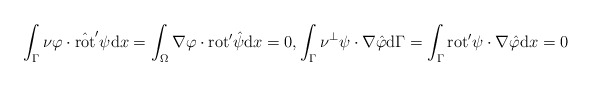
\begin{align*}\int_{\Gamma} \nu \varphi \cdot \hat{\mathrm{rot}}' \psi \mathrm{d} x= \int_{\Omega} \nabla \varphi \cdot \mathrm{rot}' \hat{\psi} \mathrm{d} x = 0, \int_{\Gamma} \nu^{\perp} \psi \cdot \nabla \hat{\varphi} \mathrm{d} \Gamma =\int_{\Gamma} \mathrm{rot}' \psi \cdot \nabla \hat{\varphi} \mathrm{d}x = 0 \end{align*}